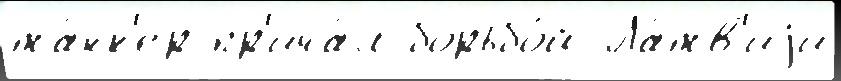
та́нк'ер пр'ича́л борьбо́й Ла́тв'иjи